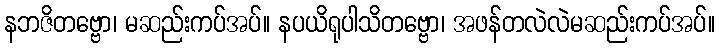
နဘဇိတဗ္ဗော၊ မဆည်းကပ်အပ်။ နပယိရုပါသိတဗ္ဗော၊ အဖန်တလဲလဲမဆည်းကပ်အပ်။